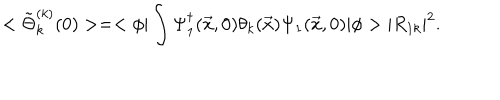
LaTeX: < \tilde { \Theta } _ { k } ^ { ( k ) } ( 0 ) > = < \phi | \int \Psi _ { 1 } ^ { \dagger } ( \vec { x } , 0 ) \theta _ { k } ( \vec { x } ) \Psi _ { 1 } ( \vec { x } , 0 ) | \phi > | R _ { 1 k } | ^ { 2 } .